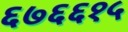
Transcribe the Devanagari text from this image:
६७६६१५